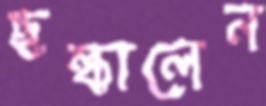
ছল্‌কালেন